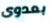
بعدوى